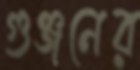
গুঞ্জনের